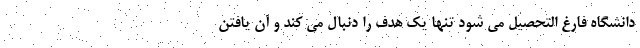
دانشگاه فارغ التحصیل می شود تنها یک هدف را دنبال می کند و آن یافتن